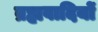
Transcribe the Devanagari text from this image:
ब्रह्मवादियों